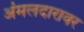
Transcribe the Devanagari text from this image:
अंमलदारावर